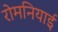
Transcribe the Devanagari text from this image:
रोमनियाई